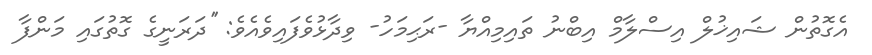
އެގޮތުން ޝައިޚުލް އިސްލާމް އިބްނު ތައިމިއްޔާ -ރަޙިމަހު- ވިދާޅުވެފައިވެއެވެ: ''ދަރަނީގެ ގޮތުގައި މަންފާ